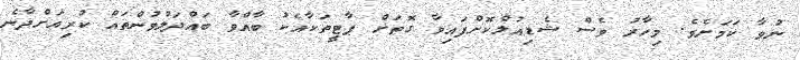
ނުވާ ކަމަށެވެ. މިހާރު ވެސް ޝެޑިއުލްކޮށްފައިވާ ގޮތަށް ޕާޓީތަކާއެކު ބާއްވާ ބައްދަލުވުންތައް ކުރިއަށްދާނެ